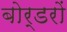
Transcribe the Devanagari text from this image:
बोर्डरों